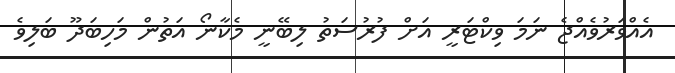
އެއްވަރުވެއްޖެ ނަމަ ވިކްޓަރީ އަށް ފުރުސަތު ލިބޭނީ މެކާނޯ އަތުން މަހިބަދޫ ބަލިވެ